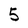
Character: 5